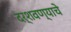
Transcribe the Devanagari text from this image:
दर्शवण्याचे